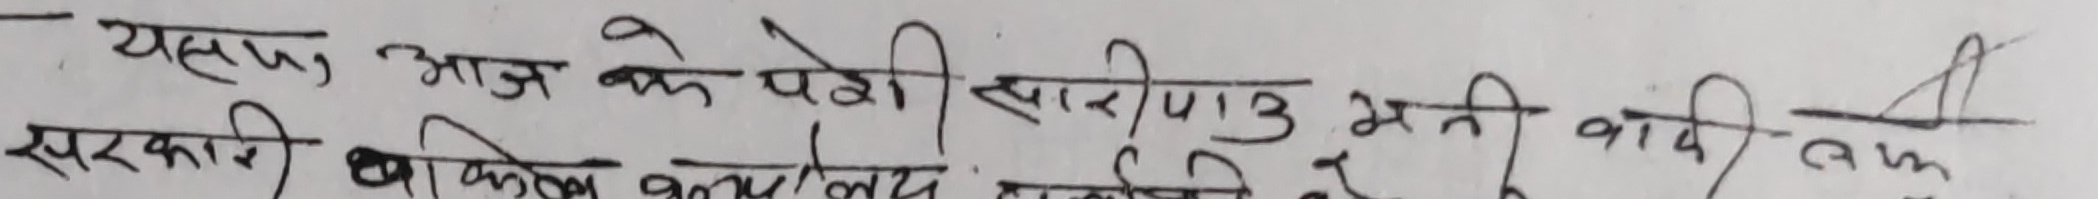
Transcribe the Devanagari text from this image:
यसास आज के पेठी सारीपाठु भनी वादी तर्फ सरकारी अफिझ कार्याल्य काठमाण्डो वे.न.का.